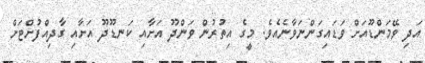
އަދި ވޭމަންޑޫއަށް ވަޑައިގަންނަވާނެއެވެ. މީގެ އިތުރުން ވަންދޫ އަށާއި ކަނޑޫދޫ އަށާއި ގާދިއްފުށްޓަށް